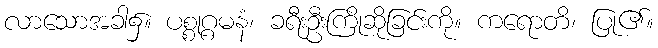
လာသောအခါ၌။ ပစ္စုဂ္ဂမနံ၊ ခရီးဦးကြိုဆိုခြင်းကို။ ကရောတိ၊ ပြု၏။